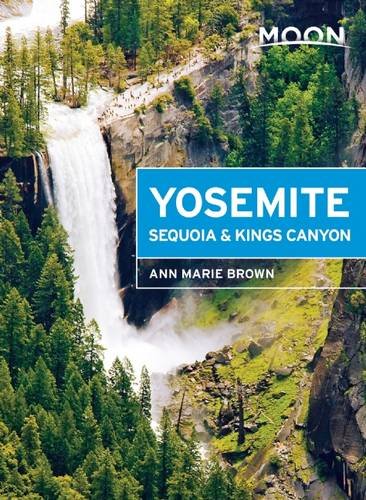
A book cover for Moon Yosemite, Sequoia & Kings Canyon (Moon Handbooks); Ann Marie Brown; Travel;